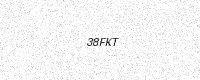
Text: 38FKT